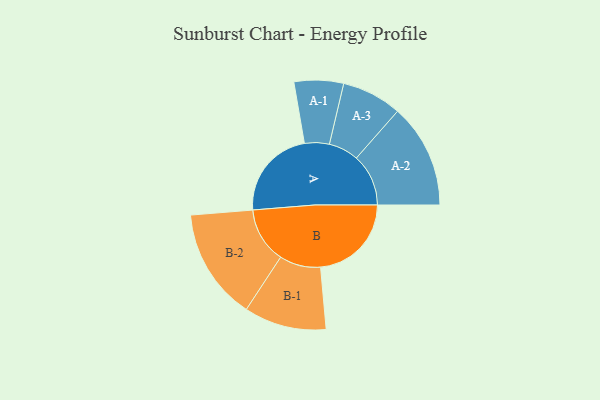
{"axis": {"x": "Segment", "y": "Value"}, "legend": ["", "A", "B"], "data": [{"x": "A", "y": 375, "type": ""}, {"x": "B", "y": 375, "type": ""}, {"x": "A-1", "y": 102, "type": "A"}, {"x": "A-2", "y": 215, "type": "A"}, {"x": "A-3", "y": 124, "type": "A"}, {"x": "B-1", "y": 170, "type": "B"}, {"x": "B-2", "y": 230, "type": "B"}]}